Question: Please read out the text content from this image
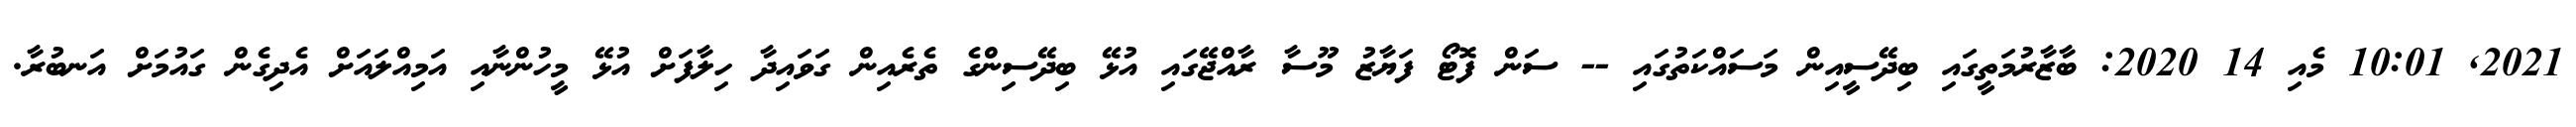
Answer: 2021, 10:01 މެއި 14 2020: ބާޒާރުމަތީގައި ބިދޭސީއިން މަސައްކަތުގައި -- ސަން ފޮޓޯ ފަޔާޒު މޫސާ ރާއްޖޭގައި އުޅޭ ބިދޭސިންގެ ތެރެއިން ގަވައިދާ ހިލާފަށް އުޅޭ މީހުންނާއި އަމިއްލައަށް އެދިގެން ގައުމަށް އަނބުރާ.